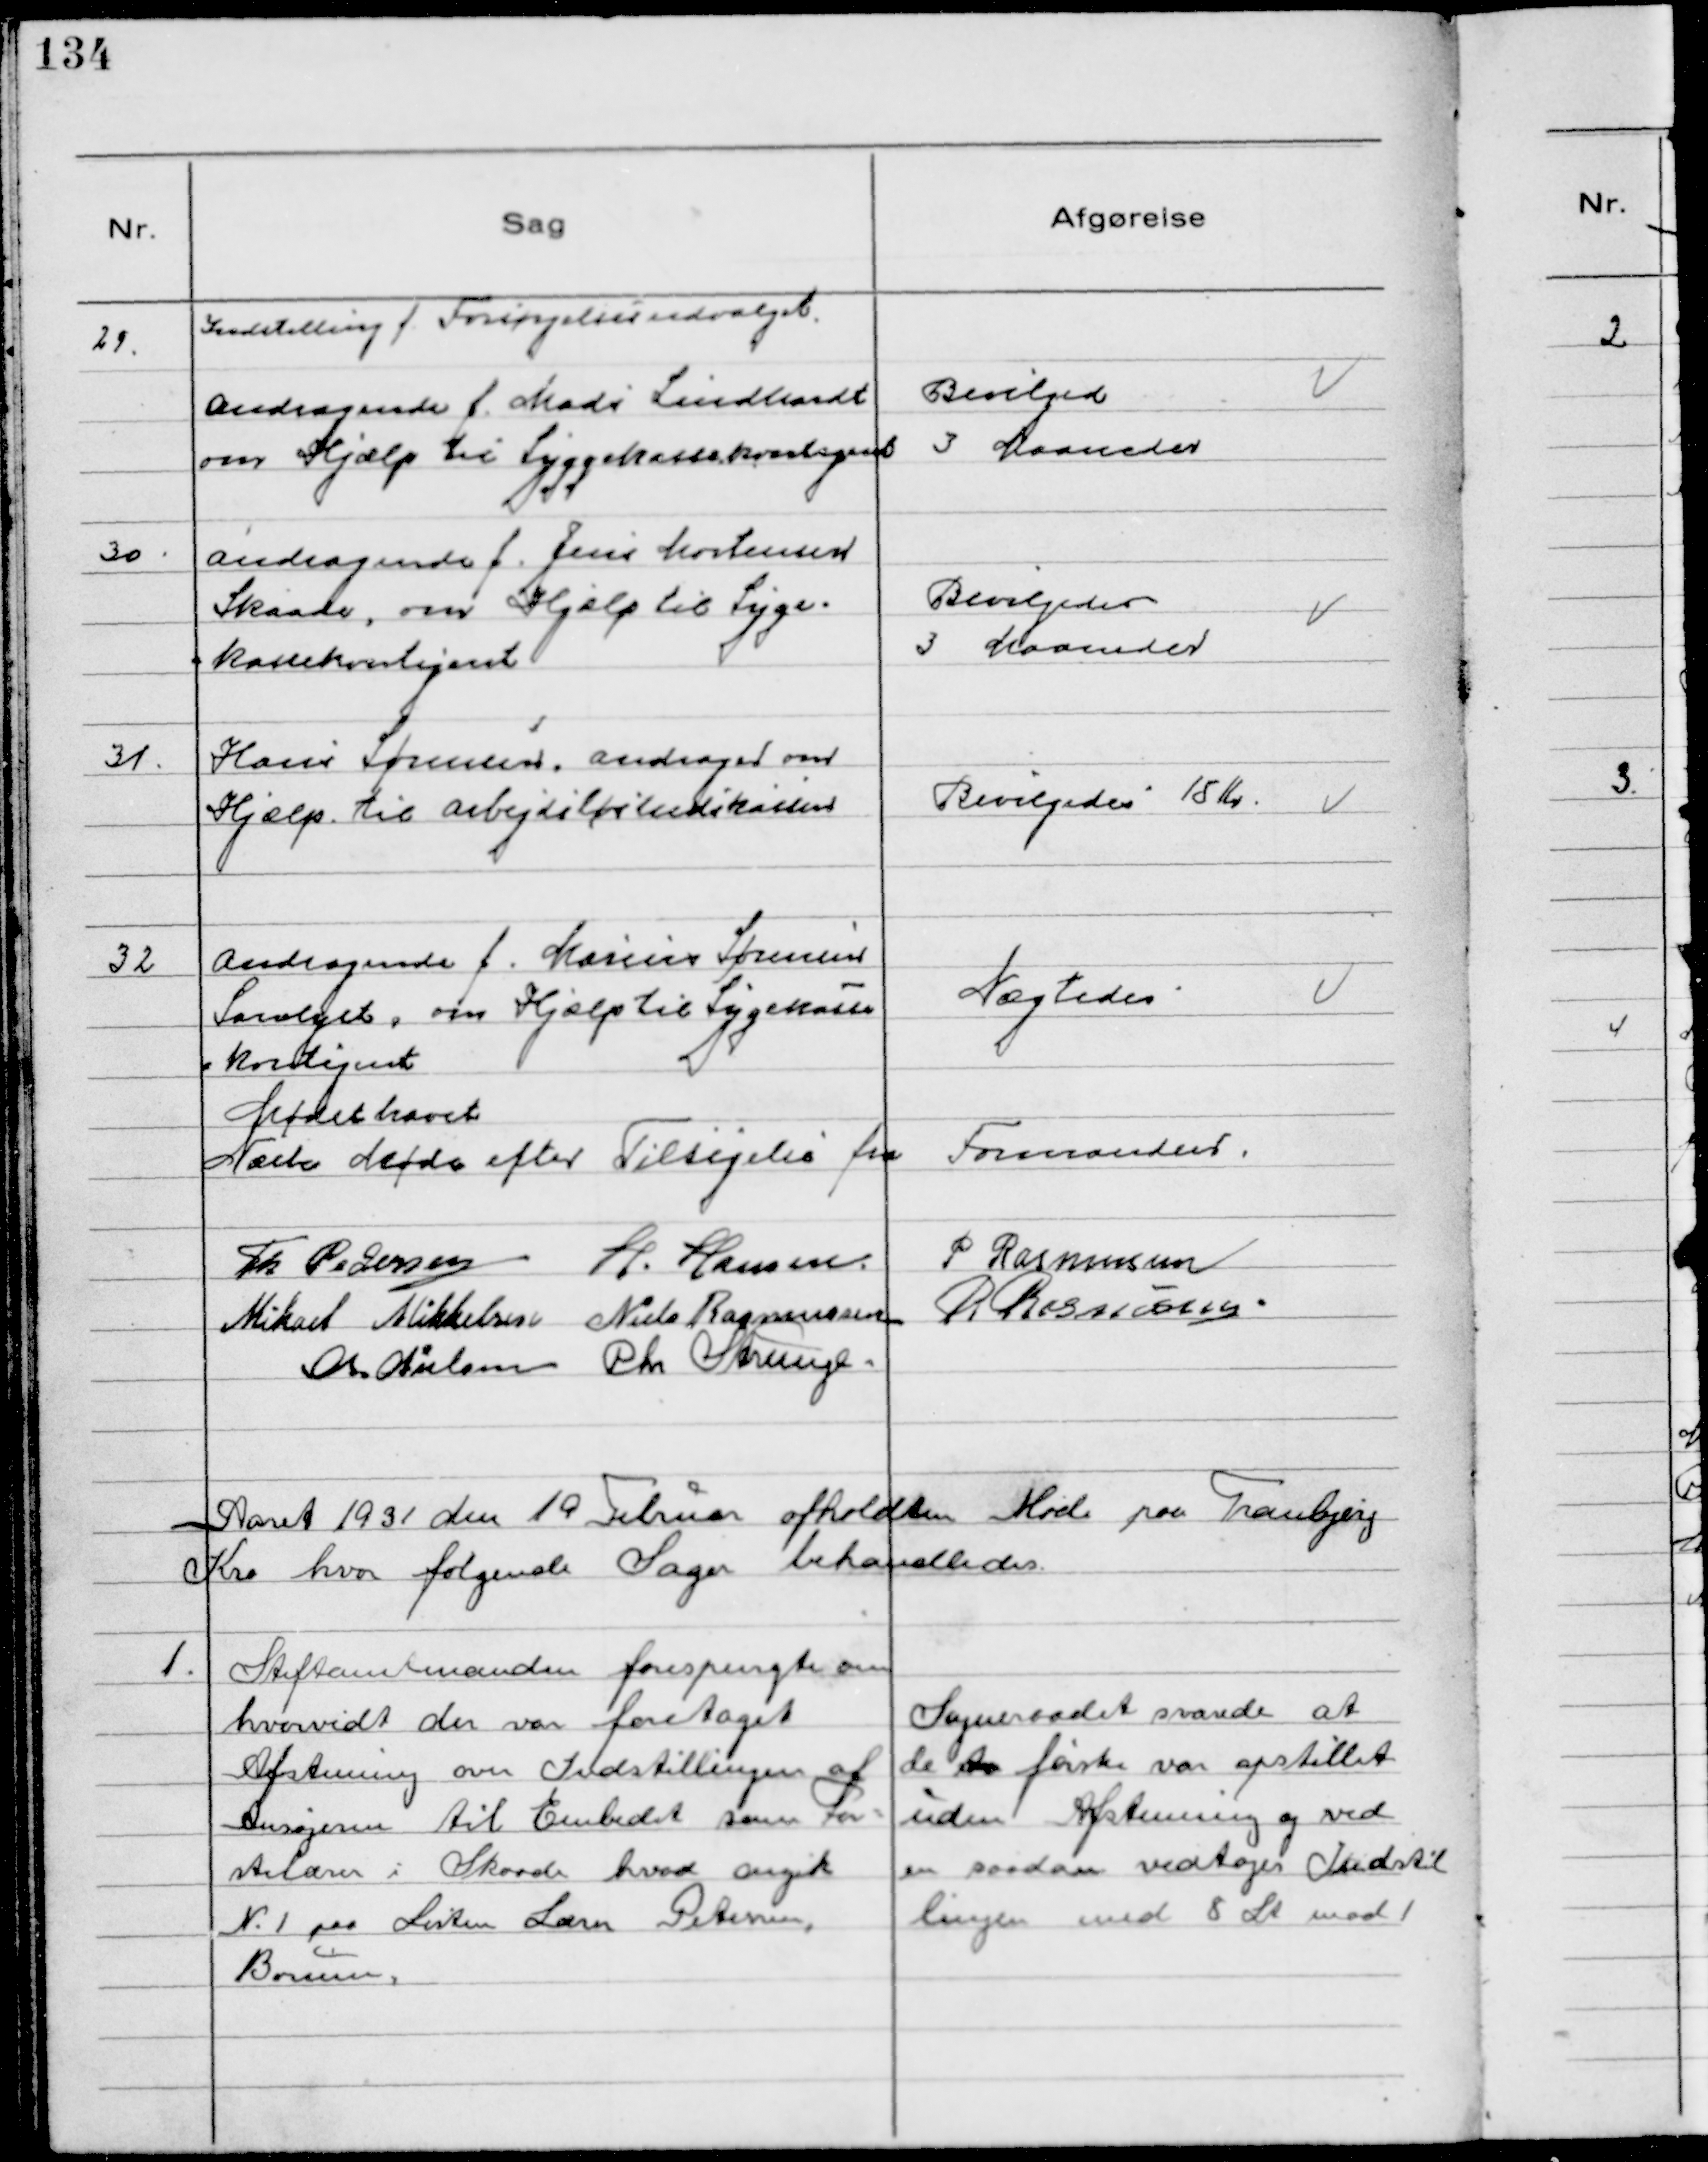
Transskription:
29.

Indstilling f. Forsørgelsesudvalget.

Andragende f. Mads Lindhardt
om Hjælp til Sygekassekontigent

Bevilged
3 Maaneder

30.
Andragende f. Jens Mortensen
Skaade, om Hjælp til Syge-
kassekontigent

Bevilgedes
3 Maaneder

31.
Hans Sørensen andrager om
Hjælp til Arbejdsløshedskassen

Bevilgedes 18 Kr.

32
Andragende f. Marius Sørensen
Saralyst, om Hjælp til Sygekasse
kontigent

Nægtedes

Mødet hævet
Næste Møde efter Tilsigelse fra Formanden.
Th Pedersen H. Hansen
P Rasmussen
Mikael Mikkelsen Niels Rasmussen
R Rasmussen.
Chr Nielsen Chr Strunge.

Aaret 1931 den 19 Februar Afholdtes Møde paa Tranbjerg
Kro hvor følgende Sager behandledes.

1.
Stiftamtmanden forespurgte om
hvorvidt der var foretaget
Afstemning om Indstillingen af
Ansøgeren til Embedet som Før-
stelærer i Skaade hvad angik
№ 1 paa Listen Lærer Petersen,
Borum.

Sogneraadet svarede at
de to første var opstillet
uden Afstemning og ved
en saadan vedtoges Indstil
lingen med 8 St mod 1